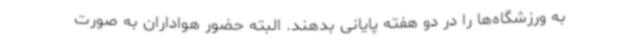
به ورزشگاه‌ها را در دو هفته پایانی بدهند. البته حضور هواداران به صورت